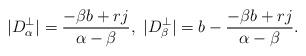
LaTeX: \begin{align*}|D_\alpha^\perp|=\frac{-\beta b+rj}{\alpha-\beta}, \, \, |D_\beta^\perp|=b-\frac{-\beta b+rj}{\alpha-\beta}. \end{align*}